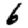
Digit: 6